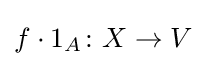
f\cdot 1_{A}\colon X\to V